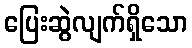
ပြေးဆွဲလျက်ရှိသော